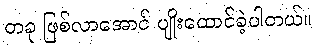
တခု ဖြစ်လာအောင် ပျိုးထောင်ခဲ့ပါတယ်။